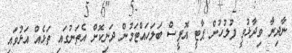
ނާދިރާ ވިދާޅުވީ ފުލުހުން ޕާޓީ އޮފީސް ބަލަހައްޓަމުން ދަނިކޮށް އެތަނުގައި ތަޅެއް އަޅުވައި